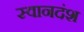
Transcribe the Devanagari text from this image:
स्वानदंश